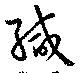
緘